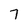
Character: 7